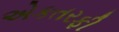
એકતરફી